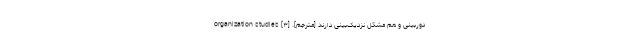
دوربینی و هم مشکل نزدیک‌بینی دارند [مترجم]. [۳] organization studies